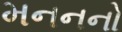
મનનનો